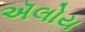
ઍલોય